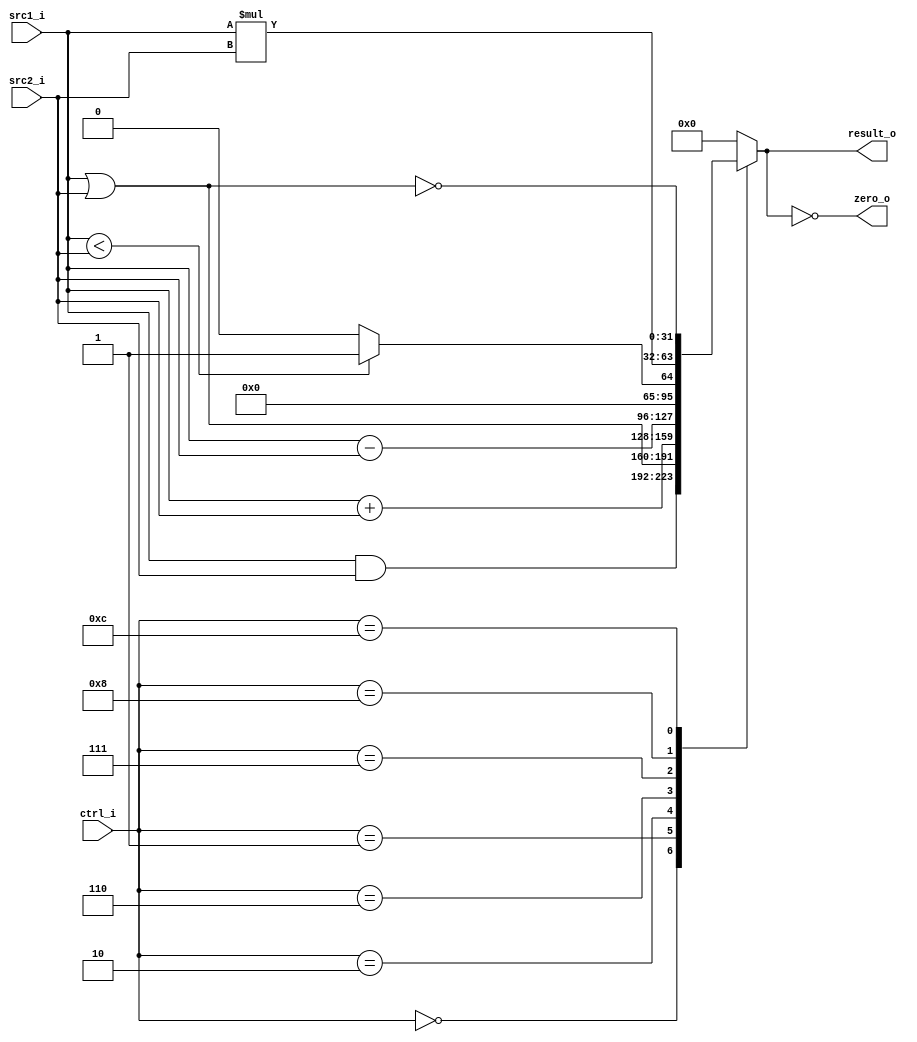
//Subject:     CO project 2 - ALU
//--------------------------------------------------------------------------------
//Version:     1
//--------------------------------------------------------------------------------
//Writer: 0511105 ??     
//----------------------------------------------
//----------------------------------------------
//Description: 
//--------------------------------------------------------------------------------

module ALU(
    	src1_i,
	src2_i,
	ctrl_i,
	result_o,
	zero_o
	);
     
//I/O ports
input  [32-1:0]  src1_i;
input  [32-1:0]	 src2_i;
input  [4-1:0]   ctrl_i;

output [32-1:0]	 result_o;
output           zero_o;

//Internal signals
reg    [32-1:0]  result_o;
wire             zero_o;

//Parameter

//Main function
assign zero_o = (result_o == 0);		// Zero is true if result is 0
always @(ctrl_i, src1_i, src2_i) begin

	case (ctrl_i)
		0: result_o <= src1_i & src2_i;
		1: result_o <= src1_i | src2_i;
		2: result_o <= src1_i + src2_i;
		6: result_o <= src1_i - src2_i;
		7: result_o <= (src1_i < src2_i) ? 1 : 0;
		8: result_o <= src1_i * src2_i;
		12: result_o <= ~(src1_i | src2_i);	// nor
		
	    default: result_o <= 0;
	   
	endcase
	
end
endmodule